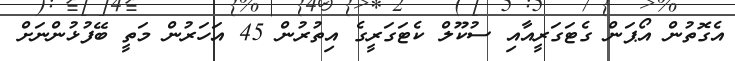
އެގޮތުން އޯޕަން ގެޓަގަރީއާއި ސުކޫލް ކެޓަގަރީގެ އިތުރުން 45 އަހަރުން މަތީ ބޭފުޅުންނަށް